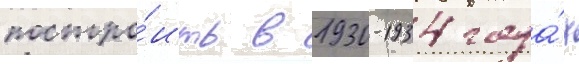
постро́ить в 1930-1934 года́х